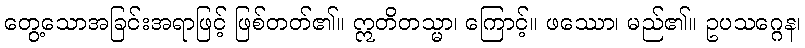
တွေ့သောအခြင်းအရာဖြင့် ဖြစ်တတ်၏။ ဣတိတသ္မာ၊ ကြောင့်။ ဖဿော၊ မည်၏။ ဥပသဂ္ဂေန၊